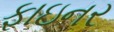
ફાઇનર